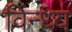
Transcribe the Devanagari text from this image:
विंन्ध्य